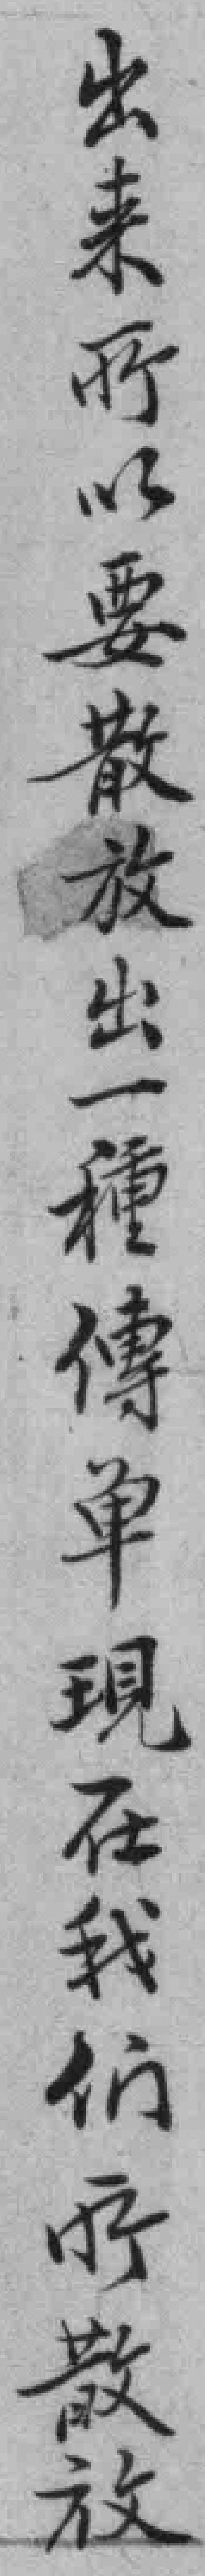
出来所以要散放出一種傳单現在我们所散放